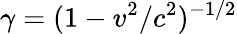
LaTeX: \gamma=(1-v^{2}/c^{2})^{-1/2}